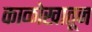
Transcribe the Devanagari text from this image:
काळोखातून